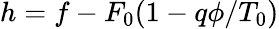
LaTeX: h=f-F_{0}(1-q\phi/T_{0})